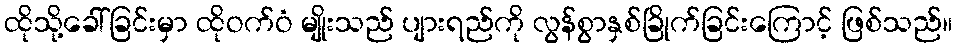
ထိုသို့ခေါ်ခြင်းမှာ ထိုဝက်ဝံ မျိုးသည် ပျားရည်ကို လွန်စွာနှစ်ခြိုက်ခြင်းကြောင့် ဖြစ်သည်။